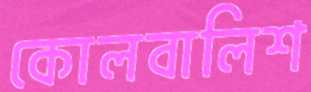
কোলবালিশ